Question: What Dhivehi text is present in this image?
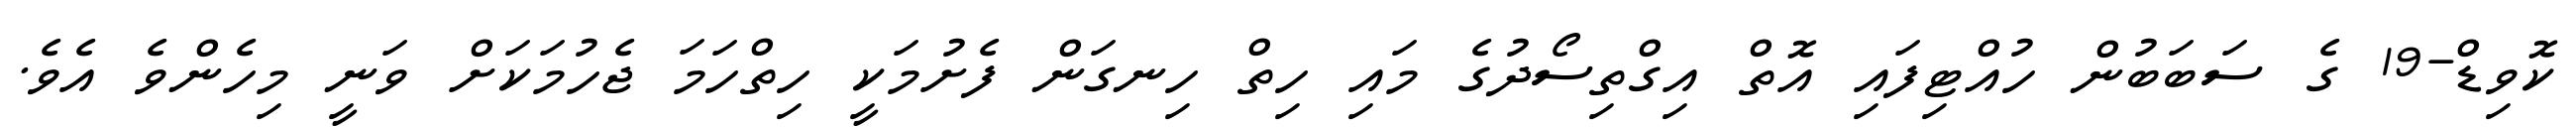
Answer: ކޮވިޑް-19 ގެ ސަބަބުން ހުއްޓިފައި އޮތް އިގްތިސޯދުގެ މައި ހިތް ހިނގަން ފެށުމަކީ ހިތްހަމަ ޖެހުމަކަށް ވަނީ މިހެންވެ އެވެ.